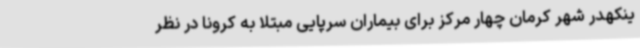
ینکهدر شهر کرمان چهار مرکز برای بیماران سرپایی مبتلا به کرونا در نظر